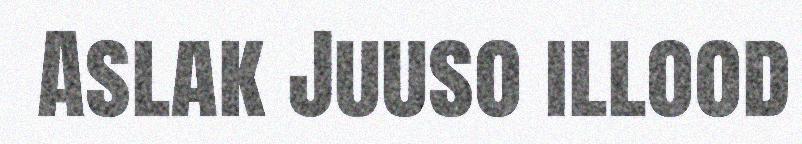
Aslak Juuso illood